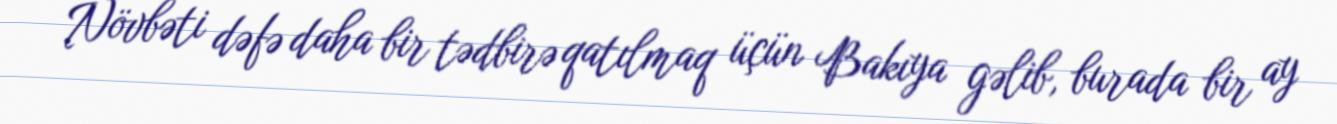
Növbəti dəfə daha bir tədbirə qatılmaq üçün Bakıya gəlib, burada bir ay